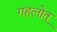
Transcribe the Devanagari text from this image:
गहलोत्